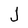
Character: J